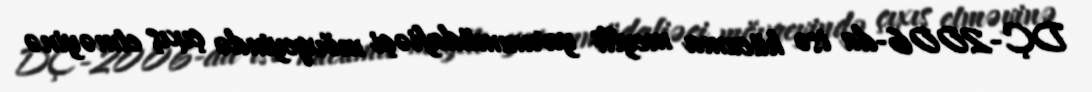
DÇ-2006-da isə hücuma meylli yarımmüdafiəçi mövqeyində çıxış etməyinə